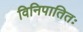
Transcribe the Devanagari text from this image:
विनिपातितः